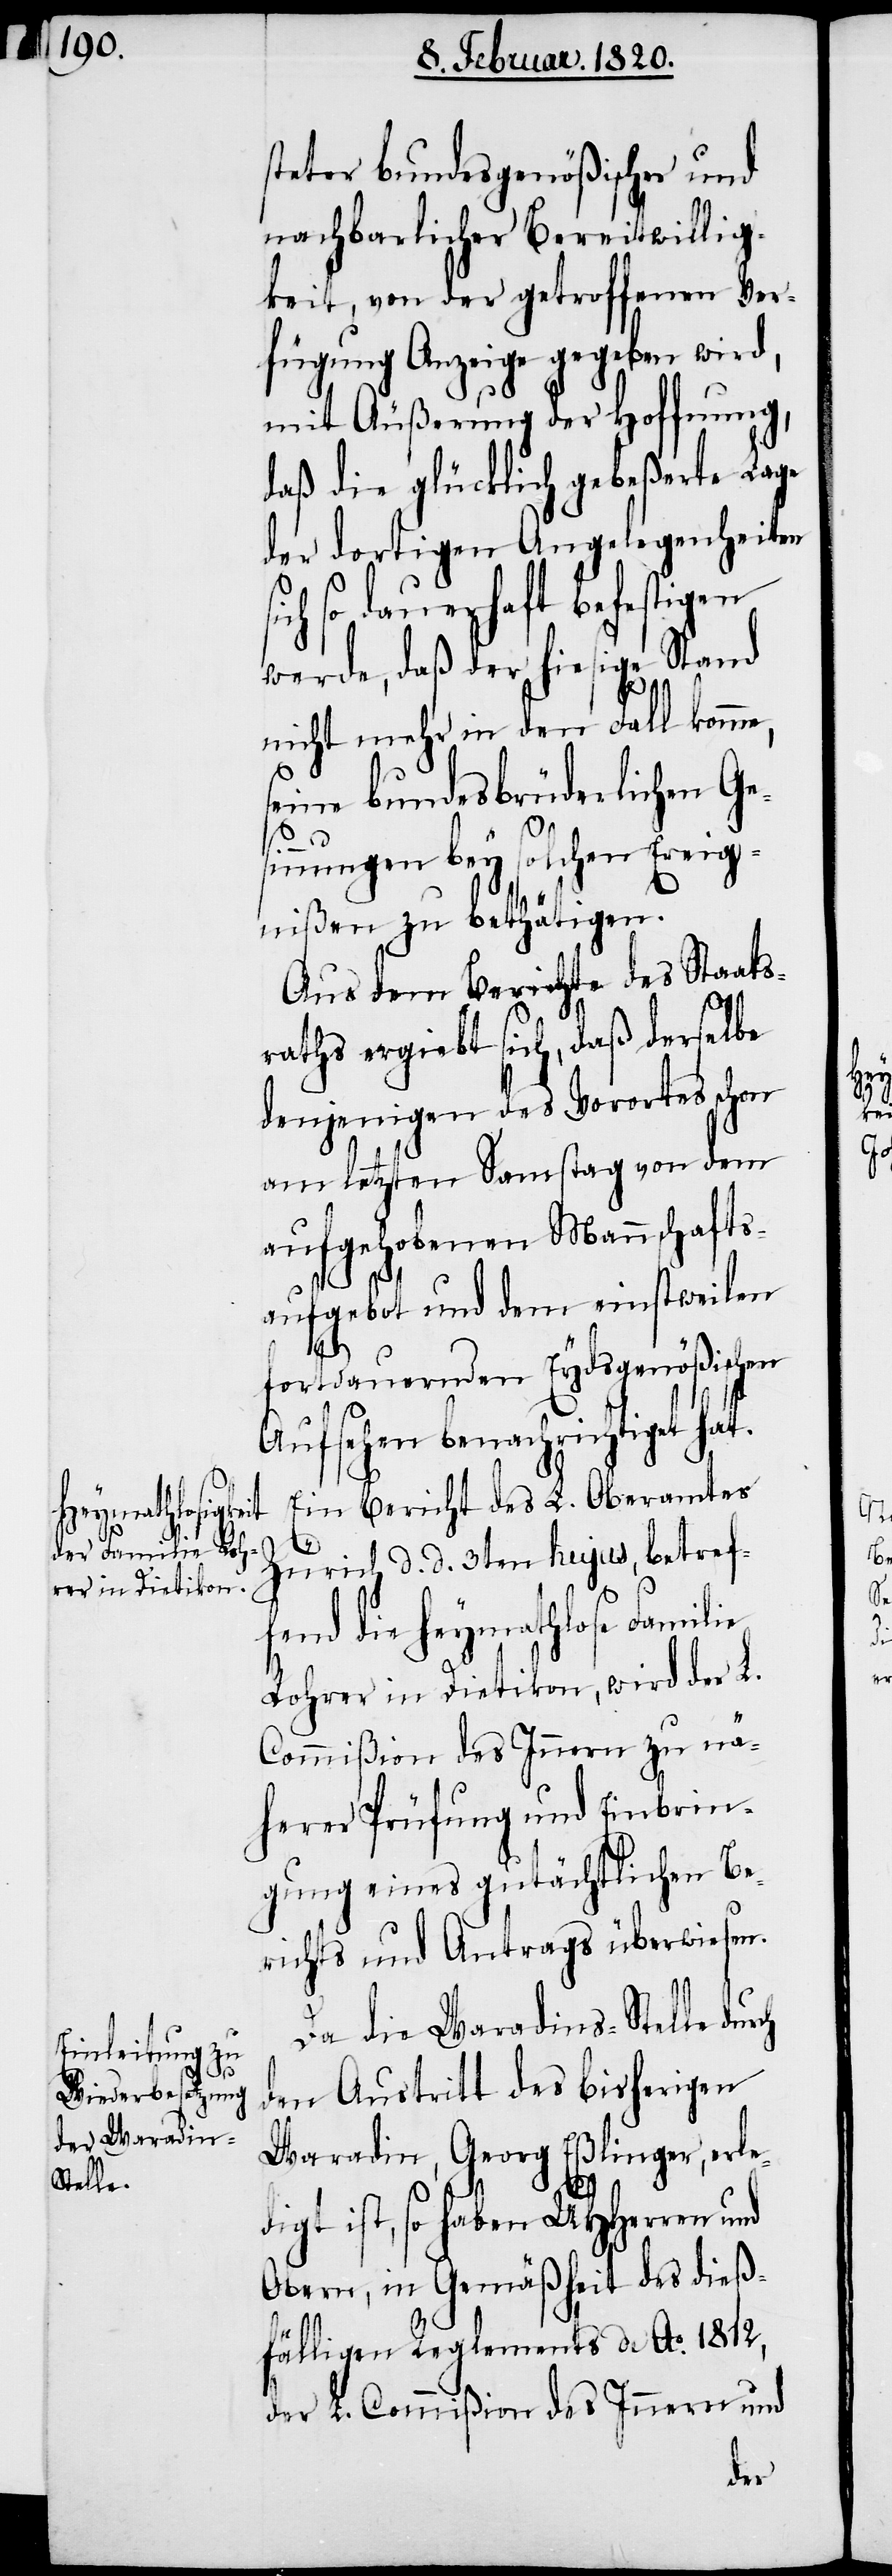
steter bundesgenößischer und
nachbarlicher Bereitwillig¬
keit, von der getroffenen Ver¬
fügung Anzeige gegeben wird,
mit Äußerung der Hoffnung,
daß die glücklich gebeßerte Lage
der dortigen Angelegenheiten
ch so dauerhaft befestigen
werde, daß der hiesige Stand
nicht mehr in den Fall komme,
seine bundesbrüderlichen Ge¬
sinnungen bey solchen Ereig¬
nißen zu bethätigen.
Aus dem Berichte des Staats¬
raths ergiebt sich, daß derselbe
denjenigen des Vorortes schon
am letzten Samstag von dem
aufgehobenen Mannschafts¬
aufgebot und dem einstweilen
fortdauernden Eydsgenößischen
Aufsehen benachrichtiget hat.
Ein Bericht des L. Oberamtes
Zürich d. d. 3ten hujus, betref¬
fend die heymathlose Familie
Rohrer in Dietikon, wird der L.
Commißion des Innern zu nä¬
herer Prüfung und Einbrin¬
gung eines gutächtlichen Be¬
richts und Antrags überwiesen.
Da die Waradins-Stelle durch
den Austritt des bisherigen
Waradin, Georg Eßlinger, erle¬
si¬
digt ist, so haben UHHerren und
Obern, in Gemäßheit des dieß¬
fälligen Reglements de Ao. 1812,
der L. Commißion des Innern und